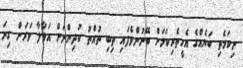
ނިކަމެތި ބަޔެއްގެ އެހީތެރިކަމަށް ބޭނުންވެފައި ތިބި ތުއްތު ކުދިންނަށް އަޅާލާ ވަރަށް ގިނަ